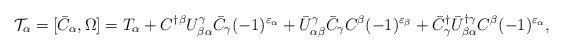
\begin{align*}{\cal T}_\alpha=[\bar{C}_\alpha,\Omega]=T_\alpha+C^{\dagger\beta}U^\gamma_{\beta\alpha}\bar{C}_\gamma(-1)^{\varepsilon_\alpha}+\bar{U}^\gamma_{\alpha\beta}\bar{C}_\gamma C^\beta(-1)^{\varepsilon_\beta}+\bar{C}^\dagger_\gamma\bar{U}^{\dagger\gamma}_{\beta\alpha}C^\beta(-1)^{\varepsilon_\alpha},\end{align*}